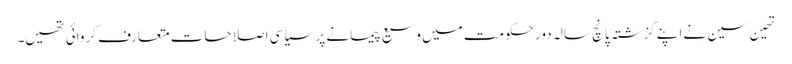
تھین سین نے اپنے گزشتہ پانچ سالہ دور حکومت میں وسیع پیمانے پر سیاسی اصلاحات متعارف کروائی تھیں۔